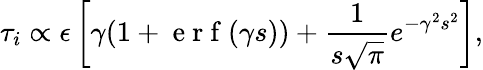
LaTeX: \tau_{i}\propto\epsilon\left[\gamma(1+\mathrm{~e~r~f~}(\gamma s))+\frac{1}{s\sqrt{\pi}}e^{-\gamma^{2}s^{2}}\right],